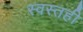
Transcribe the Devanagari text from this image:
स्वस्तही